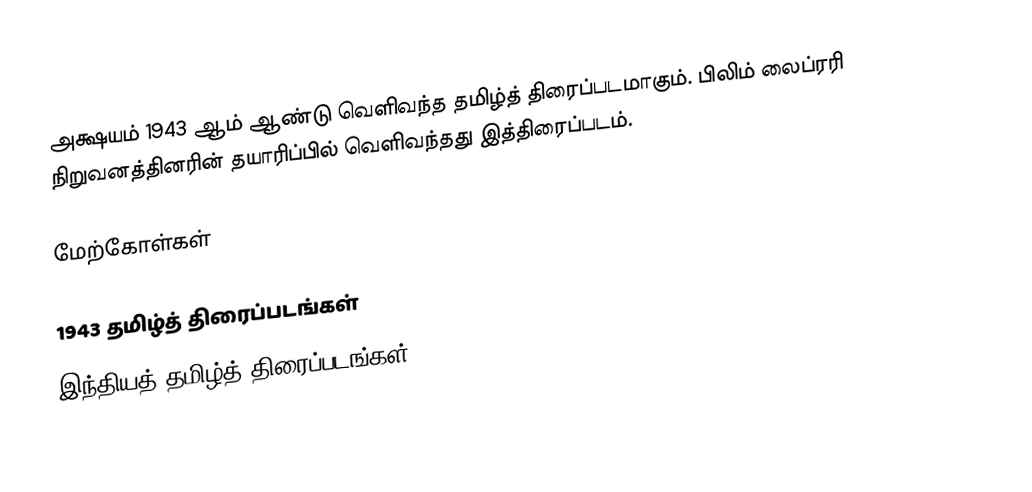
அக்ஷயம் 1943 ஆம் ஆண்டு வெளிவந்த தமிழ்த் திரைப்படமாகும். பிலிம் லைப்ரரி நிறுவனத்தினரின் தயாரிப்பில் வெளிவந்தது இத்திரைப்படம்.

மேற்கோள்கள்

1943 தமிழ்த் திரைப்படங்கள்
இந்தியத் தமிழ்த் திரைப்படங்கள்